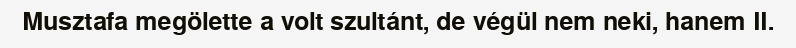
Musztafa megölette a volt szultánt, de végül nem neki, hanem II.